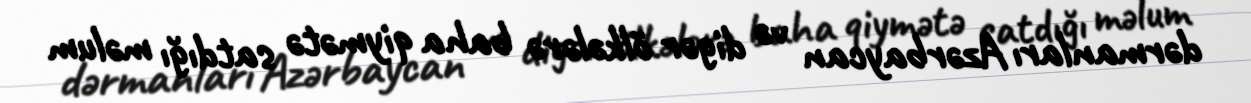
dərmanları Azərbaycan və digər ölkələrə baha qiymətə satdığı məlum